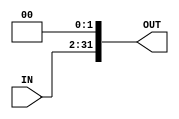
module MIPS_shift_left_twice #(parameter width = 32)
(
	input wire [width-3:0] IN ,
	output wire [width-1:0] OUT
);

assign OUT = IN << 2 ;

endmodule